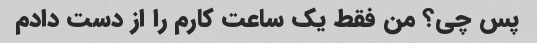
پس چی؟ من فقط یک ساعت کارم را از دست دادم